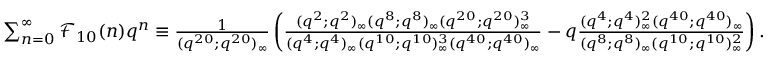
\begin{array} { r } { \sum _ { n = 0 } ^ { \infty } \mathcal { F } _ { 1 0 } ( n ) q ^ { n } \equiv \frac { 1 } { ( q ^ { 2 0 } ; q ^ { 2 0 } ) _ { \infty } } \left( \frac { ( q ^ { 2 } ; q ^ { 2 } ) _ { \infty } ( q ^ { 8 } ; q ^ { 8 } ) _ { \infty } ( q ^ { 2 0 } ; q ^ { 2 0 } ) _ { \infty } ^ { 3 } } { ( q ^ { 4 } ; q ^ { 4 } ) _ { \infty } ( q ^ { 1 0 } ; q ^ { 1 0 } ) _ { \infty } ^ { 3 } ( q ^ { 4 0 } ; q ^ { 4 0 } ) _ { \infty } } - q \frac { ( q ^ { 4 } ; q ^ { 4 } ) _ { \infty } ^ { 2 } ( q ^ { 4 0 } ; q ^ { 4 0 } ) _ { \infty } } { ( q ^ { 8 } ; q ^ { 8 } ) _ { \infty } ( q ^ { 1 0 } ; q ^ { 1 0 } ) _ { \infty } ^ { 2 } } \right) . } \end{array}